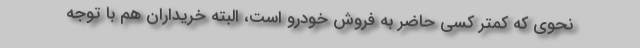
نحوی که کمتر کسی حاضر به فروش خودرو است، البته خریداران هم با توجه